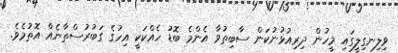
ވިލިނގިލީގައި މީހުން ދިރިއުޅުނުކަން ސާބިތުވާ އެންމެ ބޮޑު ހެއްކަކީ އިހުގެ ގަބުރުސްތާނެއް އޮތުމެވެ.